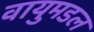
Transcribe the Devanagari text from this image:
वायुमडल